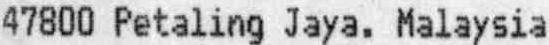
47800 PETALING JAYA. MALAYSIA